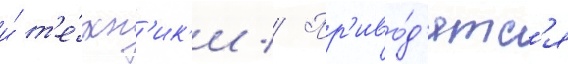
и́ т'е́хн'ик'и // Пр'иво́д'ятс'я